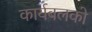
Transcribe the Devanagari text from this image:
कार्यबलको